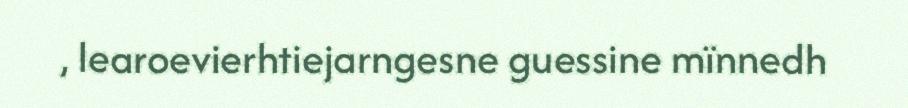
, learoevierhtiejarngesne guessine mïnnedh